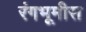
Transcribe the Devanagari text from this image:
रंगभूमीस